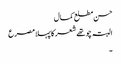
حسن مطلع کمال
البتہ چو تھے شعر کا پہلا مصرع
۔